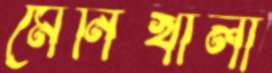
মেনিখালী